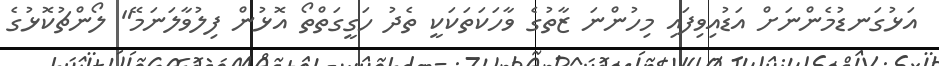
އަޅުގަނޑުމެންނަށް އަޑުއިވިފައި މިހުންނަ ޒާތުގެ ވާހަކަތަކަކީ ތެދު ހަގީގަތްތޯ އޮޅުން ފިލުވާލަނަމޭ" ލޯންޗުކޮޅުގެ